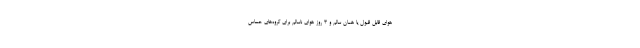
هوای قابل قبول یا همان سالم و ۳ روز هوای ناسالم برای گروه‌های حساس